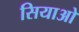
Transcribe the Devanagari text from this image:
सियाओ